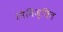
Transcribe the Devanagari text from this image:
निमिज्जित